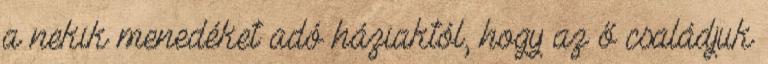
a nekik menedéket adó háziaktól, hogy az ő családjuk